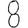
Digit: 8